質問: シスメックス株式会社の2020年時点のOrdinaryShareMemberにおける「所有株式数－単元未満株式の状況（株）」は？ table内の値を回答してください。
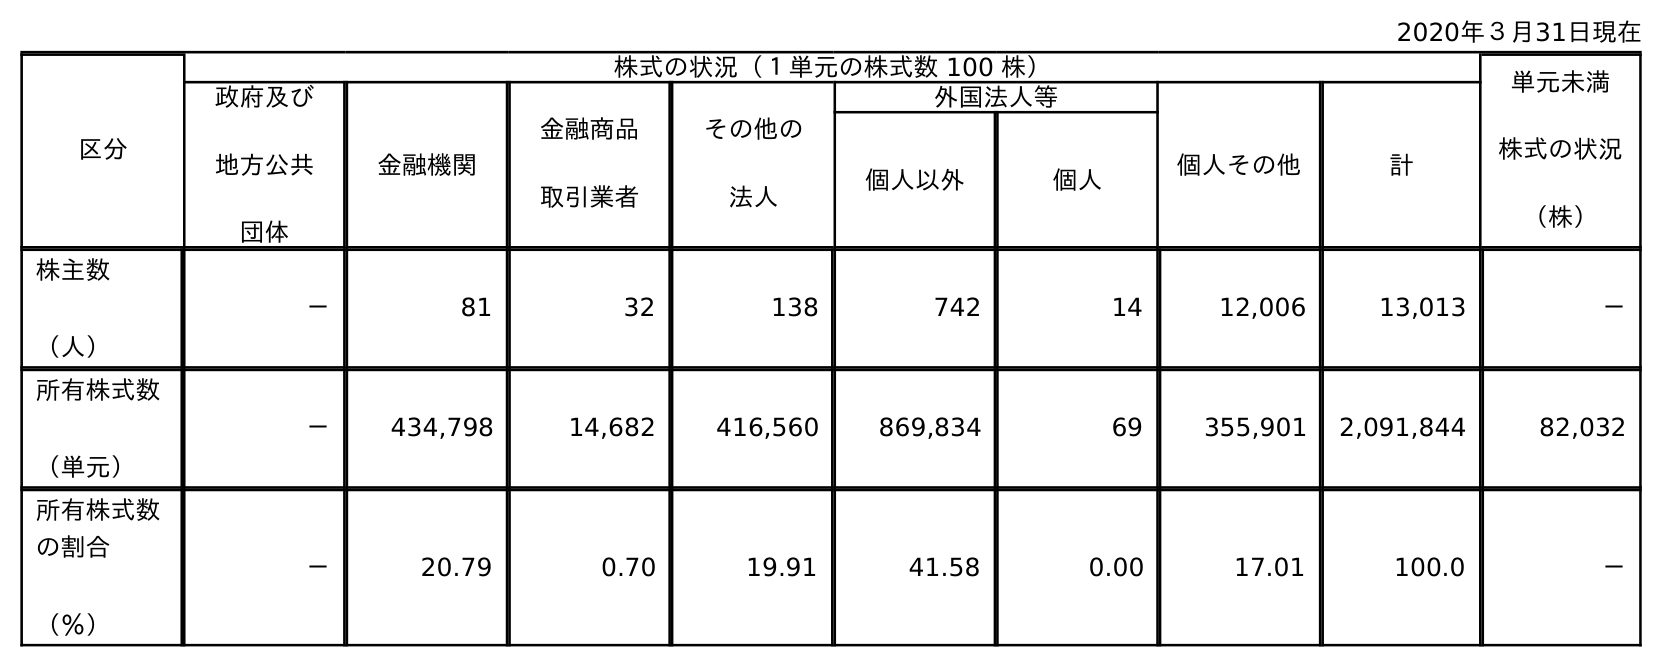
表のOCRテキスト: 2020年３月31日現在 区分 株式の状況（１単元の株式数 100 株） 単元未満 株式の状況 （株） 政府及び 地方公共 団体 金融機関 金融商品 取引業者 その他の 法人 外国法人等 個人その他 計 個人以外 個人 株主数 （人） － 81 32 138 742 14 12,006 13,013 － 所有株式数 （単元） － 434,798 14,682 416,560 869,834 69 355,901 2,091,844 82,032 所有株式数 の割合 （％） － 20.79 0.70 19.91 41.58 0.00 17.01 100.0 －
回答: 82,032